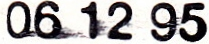
06 12 95